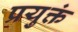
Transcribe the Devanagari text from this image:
प्रयुक्तं